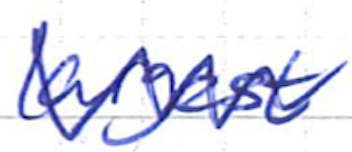
Text: largest
Cross-out: mix
Writing tool: ballpoint